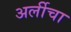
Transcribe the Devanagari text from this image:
अर्लीचा